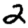
Digit: 2